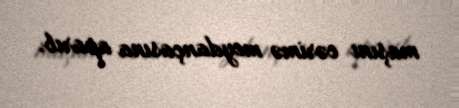
maşını cərimə meydançasına aparıb.